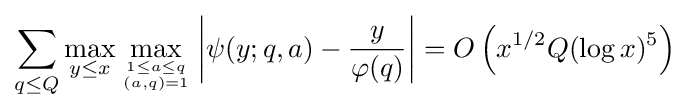
\sum _{q\leq Q}\max _{y\leq x}\max _{1\leq a\leq q \atop (a,q)=1}\left|\psi (y;q,a)-{y \over \varphi (q)}\right|=O\left(x^{1/2}Q(\log x)^{5}\right)\!